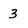
Character: 3